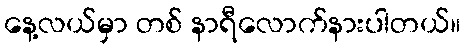
နေ့လယ်မှာ တစ် နာရီလောက်နားပါတယ်။